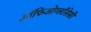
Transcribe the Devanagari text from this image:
ऑफिओग्लॉसेसी